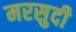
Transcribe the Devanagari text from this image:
मरसुदी